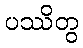
ပဿိတွ